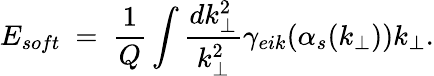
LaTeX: E_{soft}~=~{\frac{1}{Q}}\int{\frac{dk_{\perp}^{2}}{k_{\perp}^{2}}}\gamma_{eik}(\alpha_{s}(k_{\perp}))k_{\perp}.